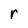
Character: r